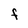
Character: F